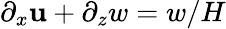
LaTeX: \partial_{x}\mathbf{u}+\partial_{z}w=w/H